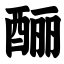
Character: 酾